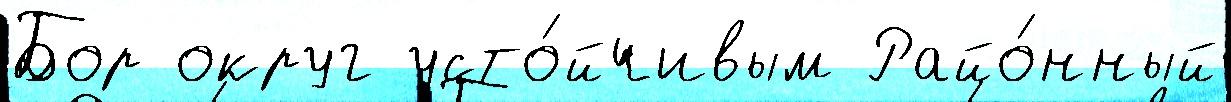
Бор округ усто́йчивым Райо́нный